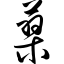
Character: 蓼